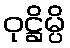
ဝုဋ္ဌိမ္ပိ